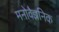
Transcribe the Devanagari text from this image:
मनोवैज्ञनिक